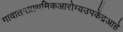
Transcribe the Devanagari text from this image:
गावात१प्राथमिकआरोग्यउपकेंद्रआहे